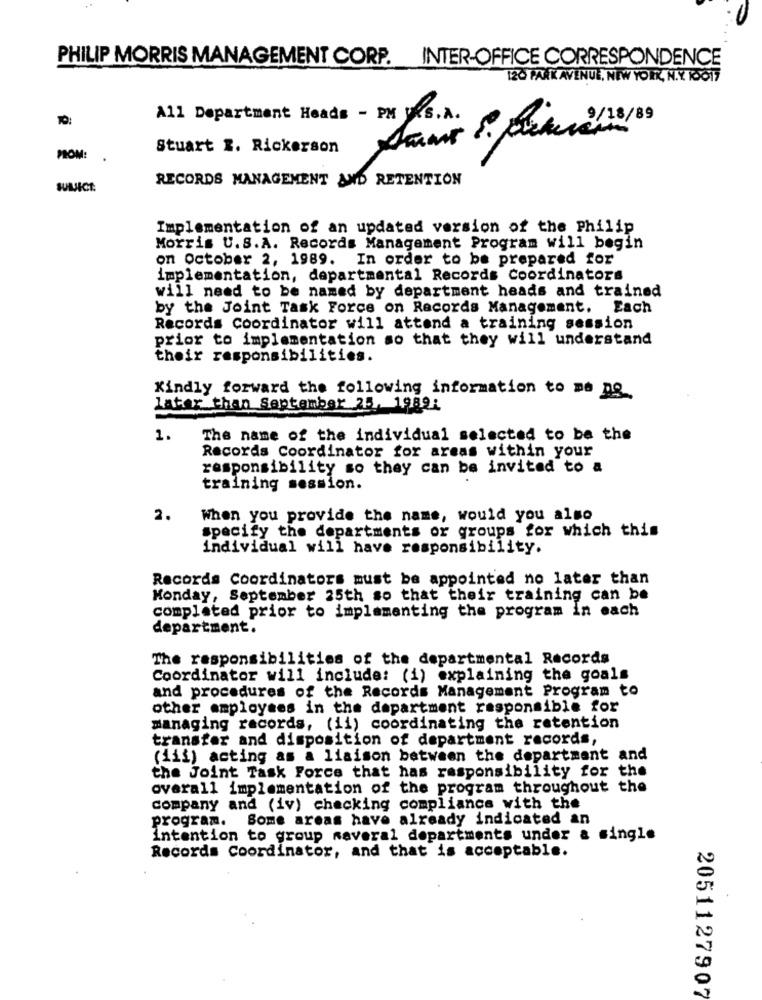
PHILIP MORRIS MANAGEMENT CORP. INTER-OFFICE CORRESPONDENCE
120 PARK AVENUE, NEW YORK, N.Y. 10017
10:
All Department Heads - PM VKS.A.
Stuart 1. Rickerson
PROM:
RECORDS MANAGEMENT AND RETENTION
Implementation of an updated version of the Philip
Morris U.S.A. Records Management Program will begin
on October 2, 1989. In order to be prepared for
implementation, departmental Records Coordinators
will need to be named by department heads and trained
by the Joint Task Force on Records Management. Each
Records Coordinator will attend a training session
prior to implementation so that they will understand
their responsibilities.
Kindly forward the following information to me pe
later than September 25, 1989:
1.
The name of the individual selected to be the
Records Coordinator for areas within your
responsibility so they can be invited to a
training session.
2.
When you provide the name, would you also
specify the departments or groups for which this
individual will have responsibility.
Records Coordinators must be appointed no later than
Monday, September 25th so that their training can be
completed prior to implementing the program in each
department.
The responsibilities of the departmental Records
Coordinator will include: (i) explaining the goals
and procedures of the Records Management Program to
other employees in the department responsible for
managing records, (ii) coordinating the retention
transfer and disposition of department records,
(iii) acting as a liaison between the department and
the Joint Task Force that has responsibility for the
overall implementation of the program throughout the
company and (iv) checking compliance with the
program. Some areas have already indicated an
intention to group naveral departments under a single
Records Coordinator, and that is acceptable.
2051127907